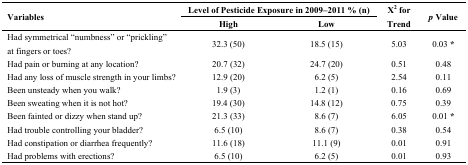
| <ROWSPAN=2> Variables | <COLSPAN=2> Level of Pesticide Exposure in 2009–2011 % (n) | <ROWSPAN=2> Χ2 for Trend | <ROWSPAN=2> p Value |
 | High | Low |
 | --- | --- | --- | --- | --- |
 | Had symmetrical “numbness” or “prickling” at fingers or toes? | 32.3 (50) | 18.5 (15) | 5.03 | 0.03 * |
 | Had pain or burning at any location? | 20.7 (32) | 24.7 (20) | 0.51 | 0.48 |
 | Had any loss of muscle strength in your limbs? | 12.9 (20) | 6.2 (5) | 2.54 | 0.11 |
 | Been unsteady when you walk? | 1.9 (3) | 1.2 (1) | 0.16 | 0.69 |
 | Been sweating when it is not hot? | 19.4 (30) | 14.8 (12) | 0.75 | 0.39 |
 | Been fainted or dizzy when stand up? | 21.3 (33) | 8.6 (7) | 6.05 | 0.01 * |
 | Had trouble controlling your bladder? | 6.5 (10) | 8.6 (7) | 0.38 | 0.54 |
 | Had constipation or diarrhea frequently? | 11.6 (18) | 11.1 (9) | 0.01 | 0.91 |
 | Had problems with erections? | 6.5 (10) | 6.2 (5) | 0.01 | 0.93 |